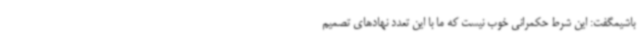
باشیمگفت: این شرط حکمرانی خوب نیست که ما با این تعدد نهادهای تصمیم